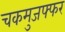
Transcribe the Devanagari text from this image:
चकमुजफ्फर